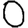
Digit: 0